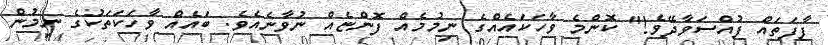
ފާފަތައް ފުއްސަވާދޭވެ!" ކޮންމެ ވާހަކައެއްގެ ނިމުމެއް ފޮންޏެއް ނުވާނެއެވެ. ބައެއް ވާހަކަތަކުގެ ނިމުން